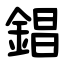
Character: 錩